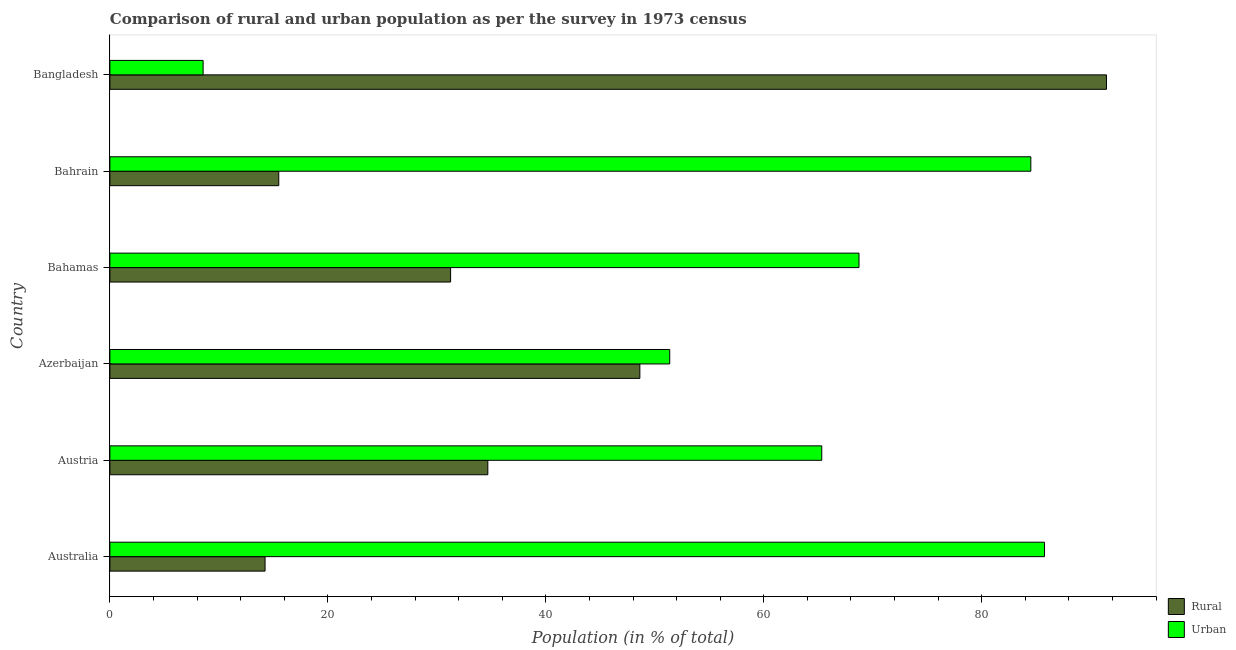
| Country | Rural | Urban |
 | --- | --- | --- |
 | Australia | 14.2 | 85.8 |
 | Austria | 34.7 | 65.3 |
 | Azerbaijan | 48.6 | 51.4 |
 | Bahamas | 31.3 | 68.7 |
 | Bahrain | 15.5 | 84.5 |
 | Bangladesh | 91.4 | 8.55 |